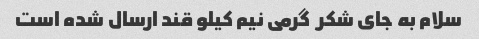
سلام به جای شکر  گرمی نیم کیلو قند ارسال شده است ‌